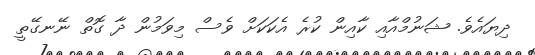
ދިޔައެވެ. ޝަނުމްއާއި ކާއިން ކުރެ އެކަކަށް ވެސް މިވަމުން ދާ ގޮތް ނޭނގޭތީ